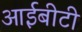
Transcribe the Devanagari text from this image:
आईबीटी